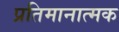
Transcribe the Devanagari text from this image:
प्रतिमानात्मक